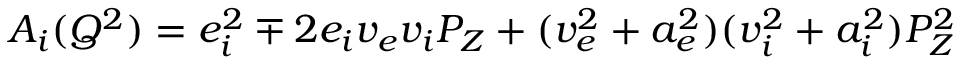
A _ { i } ( Q ^ { 2 } ) = e _ { i } ^ { 2 } \mp 2 e _ { i } v _ { e } v _ { i } P _ { Z } + ( v _ { e } ^ { 2 } + a _ { e } ^ { 2 } ) ( v _ { i } ^ { 2 } + a _ { i } ^ { 2 } ) P _ { Z } ^ { 2 }